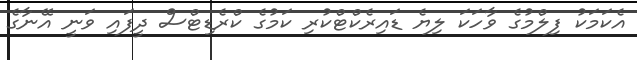
އެކަމަކު ފިލްމުގެ ވާހަކަ ލިޔެ ޑައިރެކްޓްކުރި ކަމުގެ ކްރެޑިޓްސް ދީފައި ވަނީ އޭނާގެ